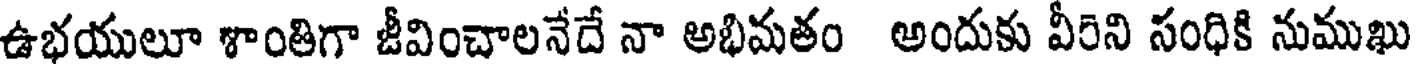
ఉభయులూ శాంతిగా జీవించాలనేదే నా అభిమతం అందుకు వీరిని సంధికి నుముఖు